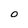
Character: 0